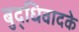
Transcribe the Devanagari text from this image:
बुद्धिवादके